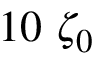
1 0 ~ \zeta _ { 0 }